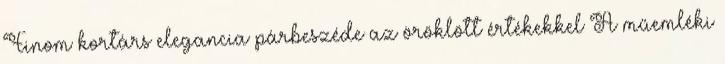
Finom kortárs elegancia párbeszéde az öröklött értékekkel A műemléki